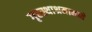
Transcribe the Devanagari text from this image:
गृहस्थाश्रमामध्ये